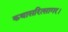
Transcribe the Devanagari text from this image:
कथासरित्सागर।